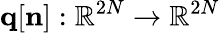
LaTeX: {\mathbf q}[{\mathbf n}]:\mathbb{R}^{2N}\rightarrow\mathbb{R}^{2N}